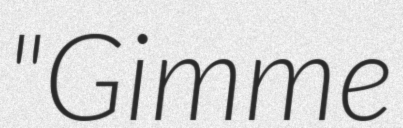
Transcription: "Gimme